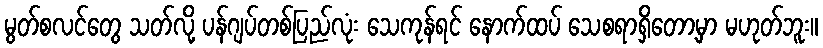
မွတ်စလင်တွေ သတ်လို့ ပန်ဂျပ်တစ်ပြည်လုံး သေကုန်ရင် နောက်ထပ် သေစရာရှိတော့မှာ မဟုတ်ဘူး။